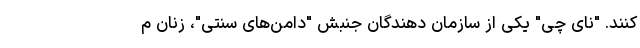
کنند. "نای چی" یکی از سازمان دهندگان جنبش "دامن‌های سنتی"، زنان م